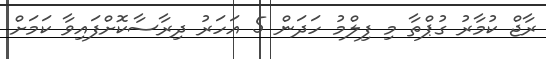
ރާޖް ކުމާރު ގުޕްތާ މި ފިލްމު ހަދަން 5 އަހަރު ދިރާސާކޮށްފައިވާ ކަމަށް